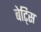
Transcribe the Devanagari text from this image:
बेट्सि